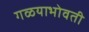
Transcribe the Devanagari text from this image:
गळयाभोवती